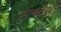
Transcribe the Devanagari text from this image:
मालवेश